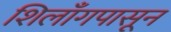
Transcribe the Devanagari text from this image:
शिलाँगपासून